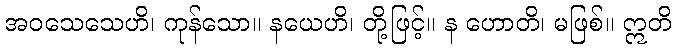
အဝသေသေဟိ၊ ကုန်သော။ နယေဟိ၊ တို့ဖြင့်။ န ဟောတိ၊ မဖြစ်။ ဣတိ